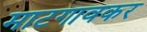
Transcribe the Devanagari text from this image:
माटगावकर